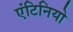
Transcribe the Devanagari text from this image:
एंटिनियो